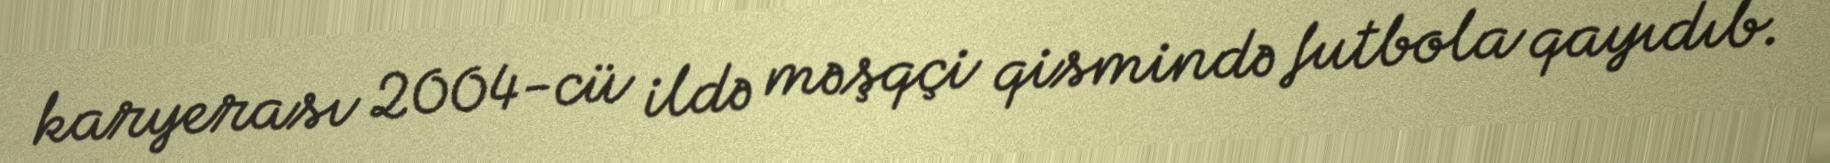
karyerası 2004-cü ildə məşqçi qismində futbola qayıdıb.